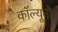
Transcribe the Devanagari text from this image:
कॉल्यूनौ